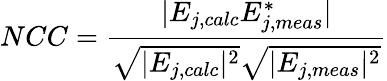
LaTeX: NCC=\frac{|E_{j,calc}E_{j,meas}^{*}|}{\sqrt{|E_{j,calc}|^{2}}\sqrt{|E_{j,meas}|^{2}}}